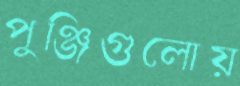
পুঞ্জিগুলোয়